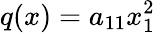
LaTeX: q(x)=a_{11}x_{1}^{2}